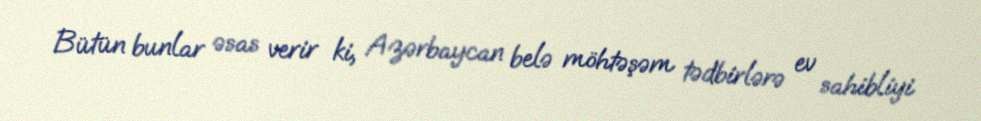
Bütün bunlar əsas verir ki, Azərbaycan belə möhtəşəm tədbirlərə ev sahibliyi